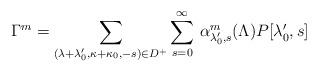
LaTeX: \begin{align*}\Gamma^m=\sum_{(\lambda+\lambda_0',\kappa+\kappa_0,-s)\in D^+}\sum_{s=0}^\infty\,\alpha^m_{\lambda_0',s}(\Lambda)P[\lambda_0',s]\end{align*}